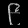
Digit: ၉